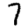
Digit: 7